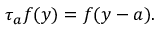
\tau _ { a } f ( y ) = f ( y - a ) .